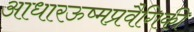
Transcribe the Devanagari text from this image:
आधारऊष्मप्रवैगिकी